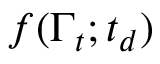
f ( \Gamma _ { t } ; t _ { d } )